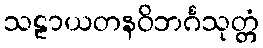
သဠာယတနဝိဘင်္ဂသုတ္တံ